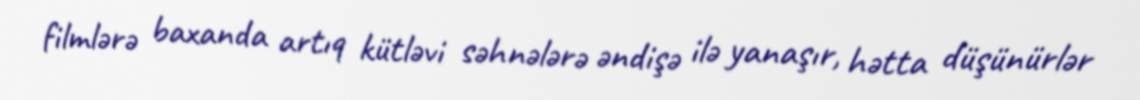
filmlərə baxanda artıq kütləvi səhnələrə əndişə ilə yanaşır, hətta düşünürlər